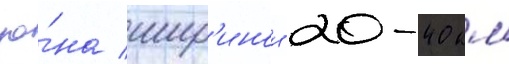
зо́на шир'инои 20-40 км